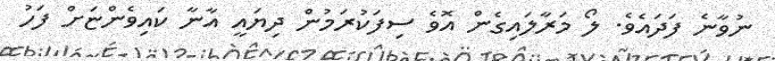
ނުވާނެ ފަދައެވެ. ލޯ މަރާލައިގެން އޮވެ ސިފަކުރަމުން ދިޔައީ އާނާ ކައިވެންޏަށް ފަހު